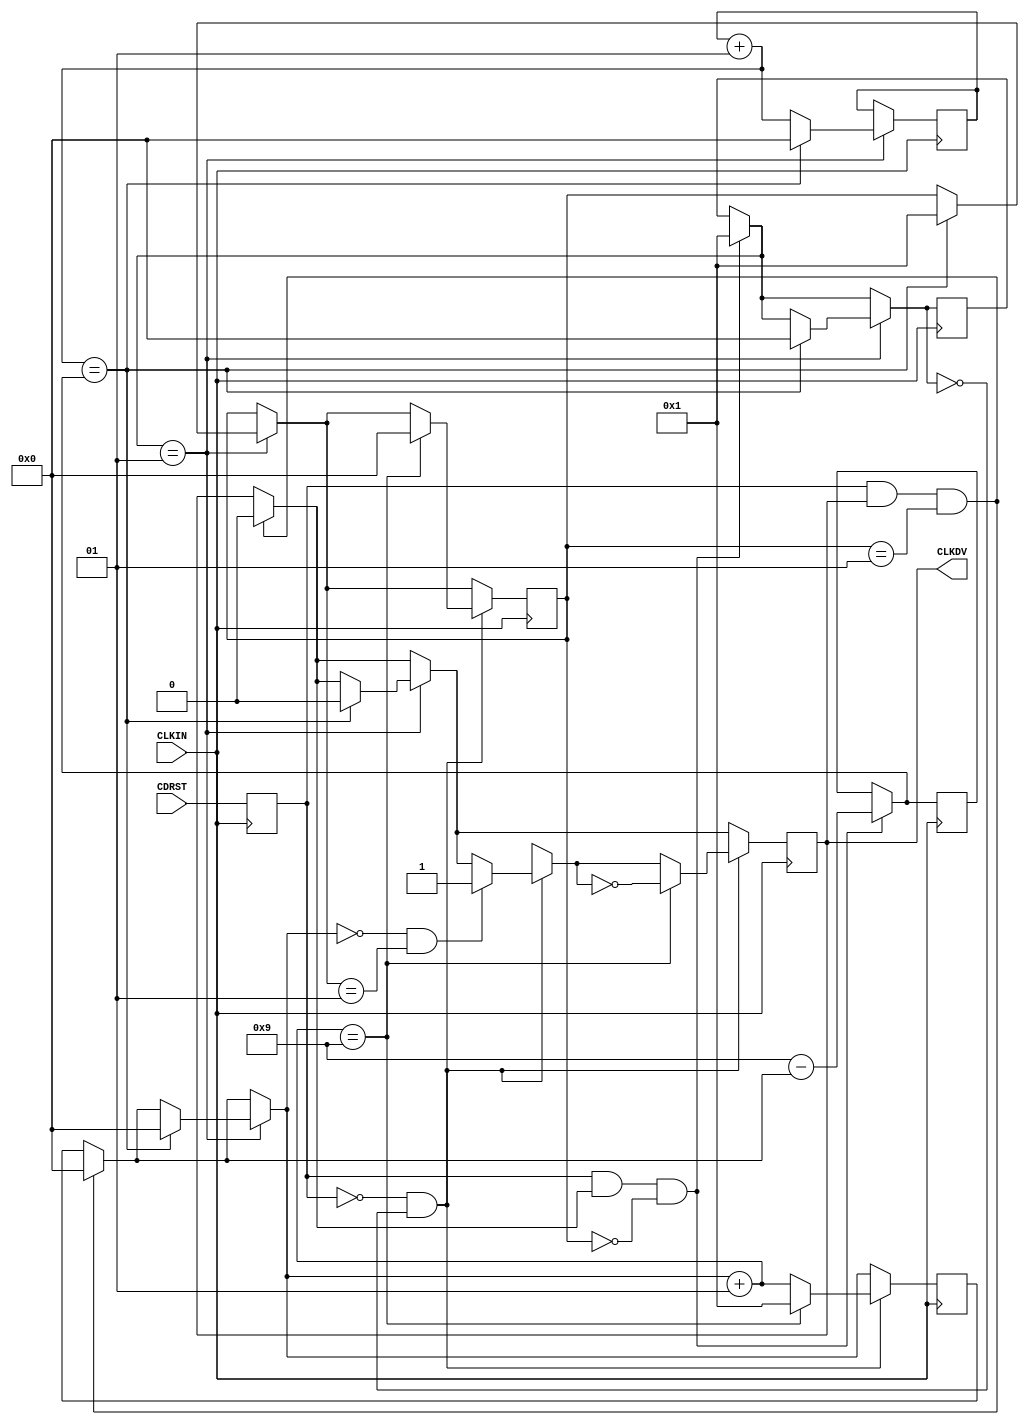
/* Clock divider CLK_DIV16R 
   August 10, 2001
   April 22, 2002 Changed CDRST to sensitive to negative edge of CLKIN 
*/

`timescale 100 ps / 10 ps

module CLK_DIV16R (CLKDV,CDRST,CLKIN);

parameter DIVIDE_BY = 16;

input CDRST,CLKIN;
output CLKDV;
reg CLKDV;
reg CDRST_i;
integer CLOCK_DIVIDER;
integer RESET_WAIT_COUNT;
integer DELAY_RESET;
integer NO_BITS_REMAINING;
integer STARTUP;

initial begin
 CLOCK_DIVIDER = 0;
 RESET_WAIT_COUNT = 0;
 DELAY_RESET = 0;
 NO_BITS_REMAINING = 0;
 STARTUP = 1;
 CLKDV = 1'b0;
end

always @(negedge CLKIN)
begin
CDRST_i = CDRST;
end

always @(posedge CLKIN)
begin

if (CDRST_i && (CLKDV == 1'b1) && (STARTUP == 1))
begin
CLKDV = 1'b0;
CLOCK_DIVIDER = 0;
end
 
if (CDRST_i && (CLKDV == 1'b1) && (STARTUP == 0))
 begin
	NO_BITS_REMAINING = ((DIVIDE_BY/2 + 1) - CLOCK_DIVIDER);
	DELAY_RESET = 1 ;
 end

if (DELAY_RESET == 1)		
	begin
	RESET_WAIT_COUNT = RESET_WAIT_COUNT + 1;
		 if (RESET_WAIT_COUNT == NO_BITS_REMAINING)
 		 begin
			CLKDV = 1'b0;
			DELAY_RESET = 0;
			RESET_WAIT_COUNT = 0;
			STARTUP = 1;
			CLOCK_DIVIDER = 0;
		 end
	end

if (CDRST_i == 1'b0 && DELAY_RESET == 0 ) 
begin

if ((CLOCK_DIVIDER == 0) && (STARTUP == 1))
begin
CLKDV = 1'b1;
end

 CLOCK_DIVIDER = CLOCK_DIVIDER + 1;
	if (CLOCK_DIVIDER == (DIVIDE_BY/2 + 1)) 
	begin
	STARTUP = 0;
	CLKDV = ~CLKDV;
	CLOCK_DIVIDER = 1;
	end
 end

end

endmodule